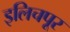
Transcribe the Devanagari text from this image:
इलिचपूर